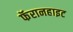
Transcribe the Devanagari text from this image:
फॅरानहाइट